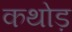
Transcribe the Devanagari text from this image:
कथोड़